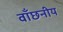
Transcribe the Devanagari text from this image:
वाँछनीय